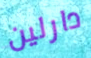
دارلين